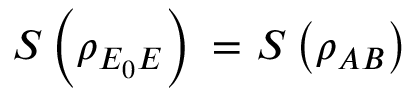
S \left( { { \rho } _ { { { E } _ { 0 } } E } } \right) \mathrm { ~ = ~ } S \left( { { \rho } _ { A B } } \right)